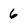
Character: 6